Reports on military cantonments and civil stations in the Presidency of Bombay inspected by the Sanitary Commissioner in the years 1875 and 1876
Year: 1875
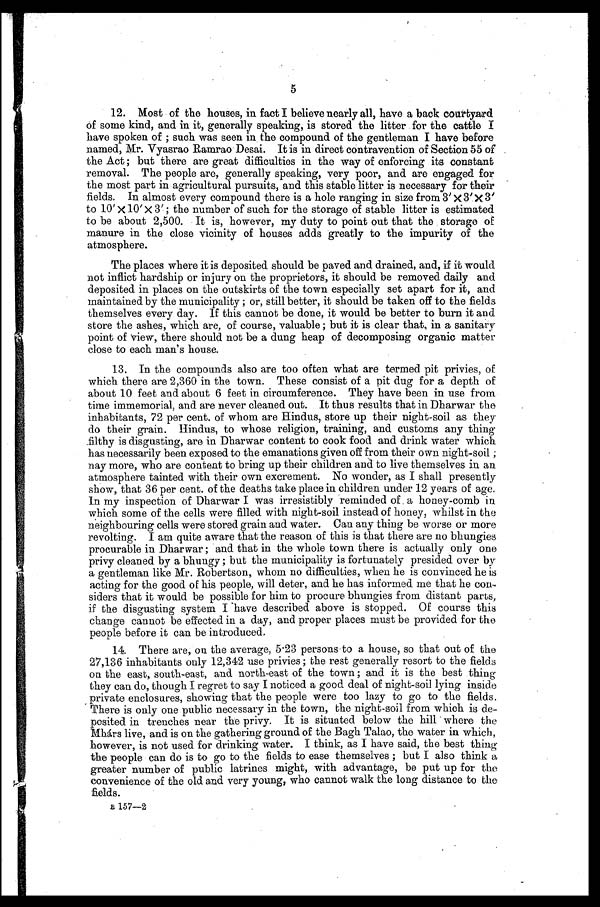
5
Most of the houses, in fact I believe nearly all, have a back courtyard
Of some kind, and in it, generally speaking, is stored the litter for the cattle I
have spoken of ; such was seen in the compound of the gentleman I have before
named, Mr. Vyasrao Ramrao Desai. It is in direct contravention of Section 55 of
the Act ; but there are great difficulties in the way of enforcing its constant
removal. The people are, generally speaking, very poor, and are engaged for
the most part in agricultural pursuits, and this stable litter is necessary for their
fields. In almost every compound there is a hole ranging in size from 3' X 3' X 3'
to 10' x 10' x 3' ; the number of such for the storage of stable litter is estimated
to be about 2,500. It is, however, my duty to point out that the storage of
manure in the close vicinity of houses adds greatly to the impurity of the
atmosphere.
The places where it is deposited should be paved and drained, and, if it would
not inflict hardship or injury on the proprietors, it should be removed daily and
deposited in places on the outskirts of the town especially set apart for it, and
maintained by the municipality ; or, still better, it should be taken off to the fields
themselves every day. If this cannot be done, it would be better to burn it and
store the ashes, which are, of course, valuable ; but it is clear that, in a sanitary-
point of view, there should not be a dung heap of decomposing organic matter
close to each man's house.
In the compounds also are too often what are termed pit privies, of
which there are 2,360 in the town. These consist of a pit dug for a depth of
about 10 feet and about 6 feet in circumference. They have been in use from
time immemorial, and are never cleaned out. It thus results that in Dharwar the
inhabitants, 72 per cent. of whom are Hindus, store up their night-soil as they
do their grain. Hindus, to whose religion, training, and customs any thing
filthy is disgusting, are in Dharwar content to cook food and drink water which
has necessarily been exposed to the emanations given off from their own night-soil ;
nay more, who are content to bring up their children and to live themselves in an
atmosphere tainted with their own. excrement. No wonder, as I shall presently
show, that 36 per cent. of the deaths take place in children under 12 years of age.
In my inspection of Dharwar I was irresistibly reminded of . a honey-comb
which some of the cells were filled with night-soil instead of honey, whilst in the
neighbouring cells were stored grain and water. Can any thing be worse or more
revolting. I am quite aware that the reason of this is that there are no bhungies
procurable in Dharwar ; and that in the whole town there is actually only one
privy cleaned by a bhungy ; but the municipality is fortunately presided over by
a gentleman like Mr. Robertson, whom no difficulties, when he is convinced he is
acting for the good of his people, will deter, and he has informed me that he con-
siders that it would be possible for him to procure bhungies from distant parts,
if the disgusting system I have described above is stopped. Of course this
change cannot be effected in a day, and proper places must be provided for the
people before it can be introduced.
There are, on the average, 5.23 persons to a house, so that out of the
27,136 inhabitants only 12,342 use privies ; the rest generally resort to the fields
on the east, south-east, and north-east of the town ; and it is the best thing
they can do, though I regret to say I noticed a good deal of night-soil lying inside
private enclosures, showing that the people were too lazy to go to the fields.
There is only one public necessary in the town, the night-soil from which is de-
posited in trenches near the privy. It is situated below the hill where the
Mhárs live, and is on the gathering ground of the Bagh Talao, the water in which,
however, is not used for drinking water. I think, as I have said, the best thing
the people can do is to go to the fields to ease themselves ; but I also think a
greater number of public latrines might, with advantage, be put up for the
convenience of the old and very young, who cannot walk the long distance to the
fields.
B 157—2